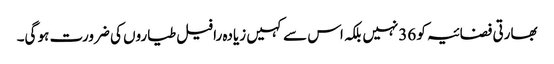
بھارتی فضائیہ کو 36نہیں بلکہ اس سے کہیں زیادہ رافیل طیاروں کی ضرورت ہو گی۔